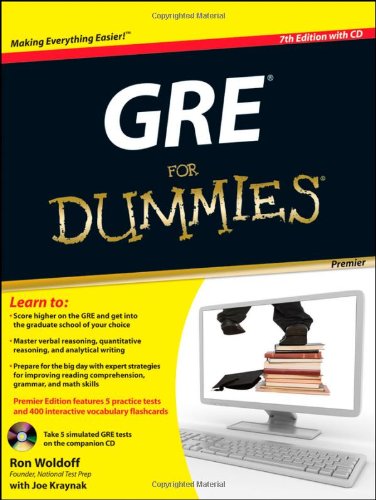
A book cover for GRE For Dummies; Ron Woldoff; Test Preparation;